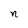
Character: n